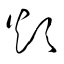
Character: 煩